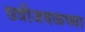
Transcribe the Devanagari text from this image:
छत्रीजवळच्या